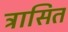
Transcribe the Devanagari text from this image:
त्रासित